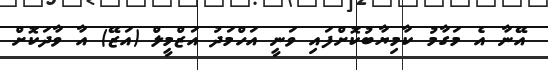
އޭނާ އެ މަގާމު ކާމިޔާބުކޮށްފައި ވަނީ އަހްމަދު އަޒްމީލް (އަޒޭ) އާ ވާދަކޮށް